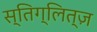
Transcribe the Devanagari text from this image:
स्तिग्लित्ज़